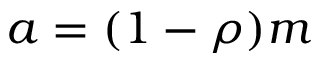
a = ( 1 - \rho ) m